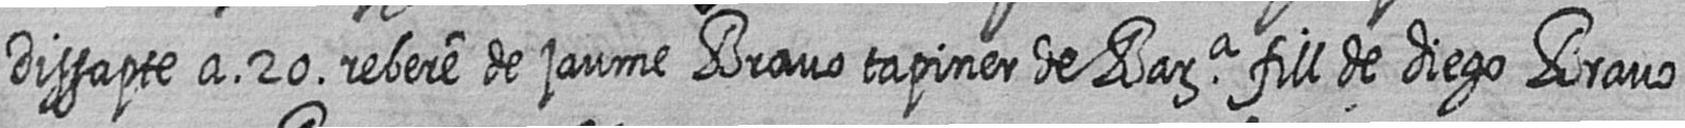
Dissapte a 20 rebere de jaume Bravo tapiner de Bara fill de diego Bravo